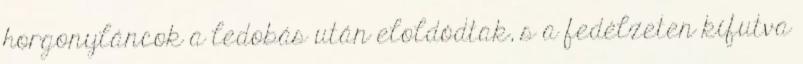
horgonyláncok a ledobás után eloldódtak, s a fedélzeten kifutva